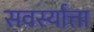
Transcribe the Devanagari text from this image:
सवर्स्यात्ता